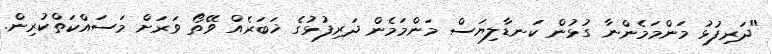
"ދަރިފުޅު މަންމަމެންނާ ގުޅުން ކަނޑާލިޔަސް މަންމަމެން ދަރިފުޅުގެ ޚަބަރެއް ވޭތޯ ވަރަށް މަސައްކަތްކުރިން.